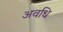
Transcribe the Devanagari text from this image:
अवधि